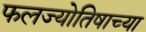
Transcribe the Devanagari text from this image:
फलज्योतिषाच्या